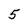
Character: 5